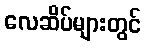
လေဆိပ်များတွင်